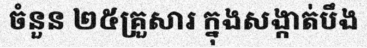
ចំនួន ២៥គ្រួសារ ក្នុងសង្កាត់បឹង